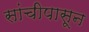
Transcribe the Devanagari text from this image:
सांचीपासून